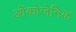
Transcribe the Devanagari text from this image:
ओंकोजेनिक